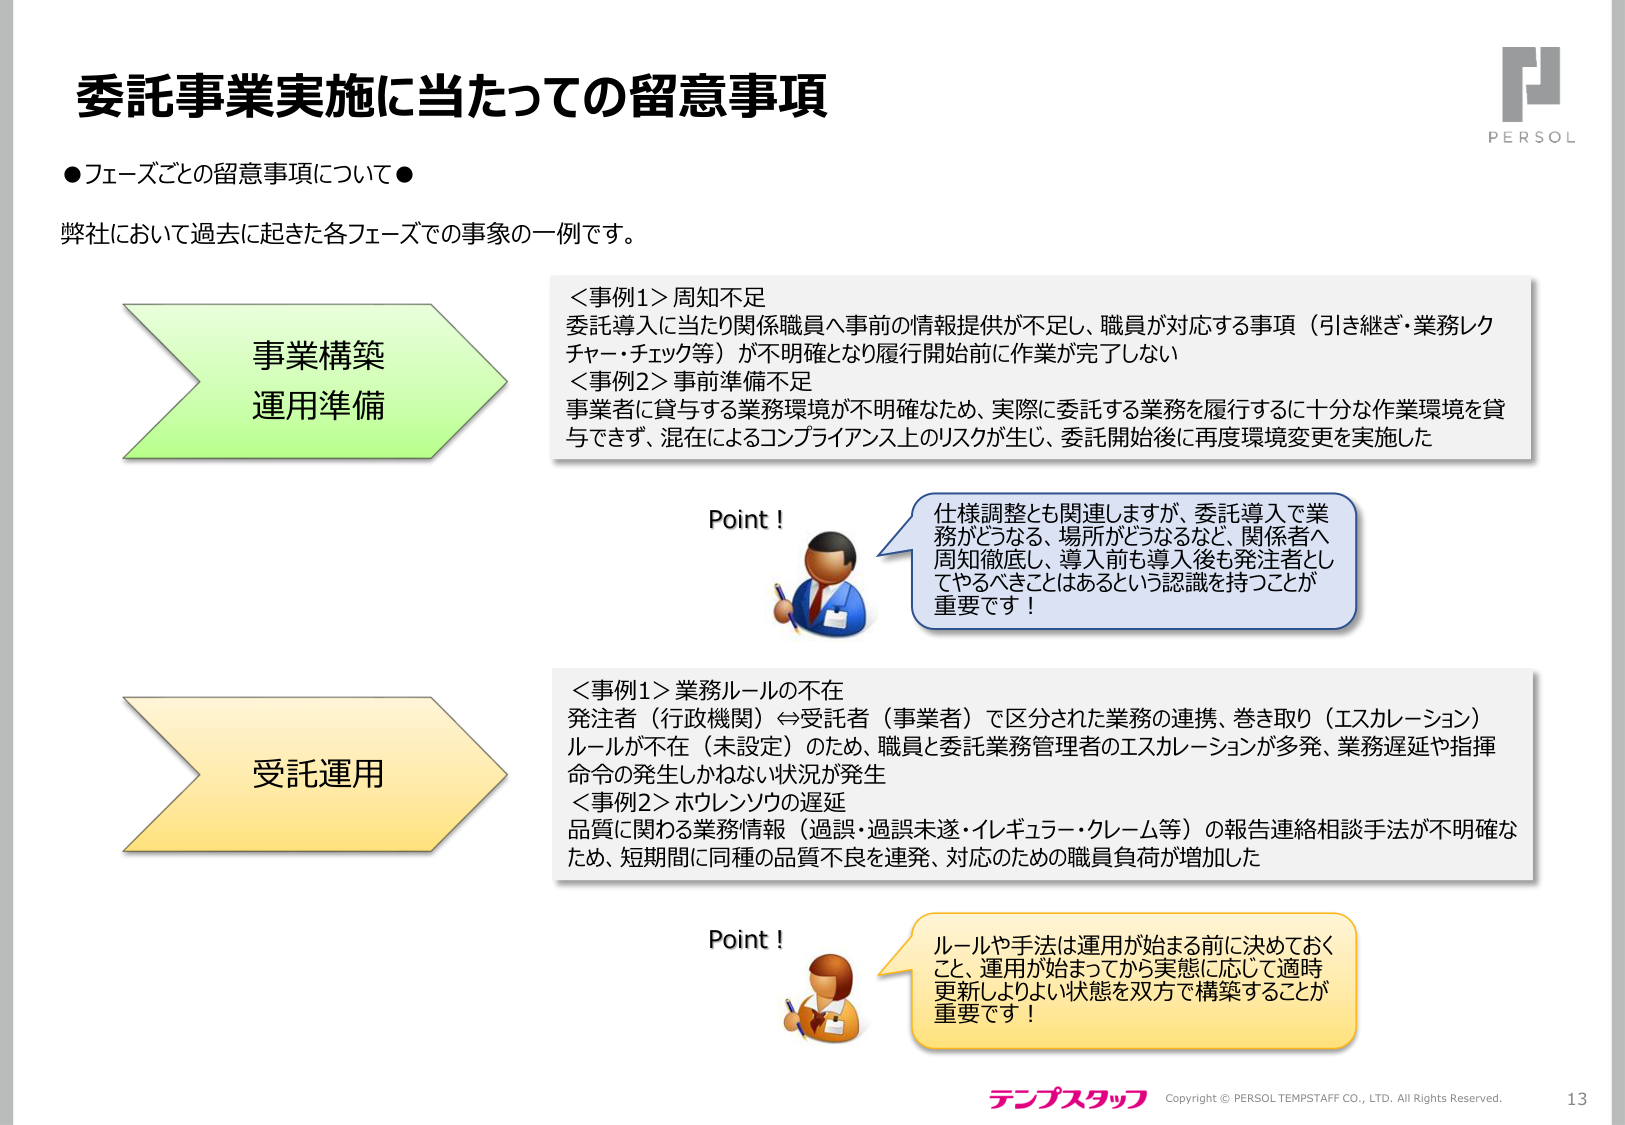
委託事業実施に当たっての留意事項

●フェーズごとの留意事項について●

弊社において過去に起きた各フェーズでの事象の一例です。

事業構築
運用準備

＜事例1＞周知不足
委託導入に当たり関係職員へ事前の情報提供が不足し、職員が対応する事項（引き継ぎ・業務レクチャー・チェック等）が不明確となり履行開始前に作業が完了しない

＜事例2＞事前準備不足
事業者に貸与する業務環境が不明確なため、実際に委託する業務を履行するのに十分な作業環境を貸与できず、混在によるコンプライアンス上のリスクが生じ、委託開始後に再度環境変更を実施した

Point！
仕様調整とも関連しますが、委託導入で業務がどうなる、場所がどうなるなど、関係者へ周知徹底し、導入前も導入後も発注者としてやるべきことはあるという認識を持つことが重要です！

受託運用

＜事例1＞業務ルールの不在
発注者（行政機関）⇔受託者（事業者）で区分された業務の連携、巻き取り（エスカレーション）ルールが不在（未設定）のため、職員と委託業務管理者のエスカレーションが多発、業務遅延や指揮命令の発生しかねない状況が発生

＜事例2＞ホウレンソウの遅延
品質に関する業務情報（過誤・過誤未遂・イレギュラー・クレーム等）の報告連絡相談手法が不明確なため、短期間に同種の品質不良を連発、対応のための職員負荷が増加した

Point！
ルールや手法は運用が始まる前に決めておくこと、運用が始まってから実態に応じて適時更新しよりよい状態を双方で構築することが重要です！

テンプスタッフ
Copyright © PERSOL TEMPTAFF CO., LTD. All Rights Reserved.
13

PERSOL